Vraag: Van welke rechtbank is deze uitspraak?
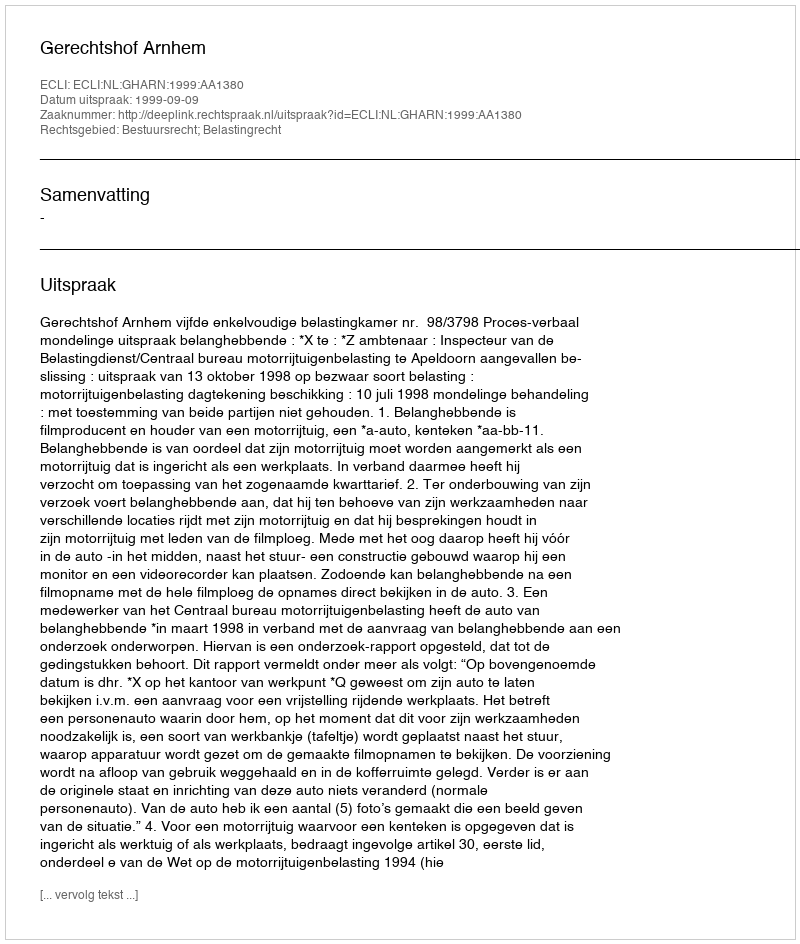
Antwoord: Gerechtshof Arnhem